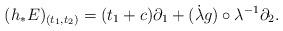
LaTeX: \begin{align*}(h_{*}E)_{(t_{1}, t_{2} )} = (t_{1}+c) \partial_{1} + (\dot{\lambda} g) \circ \lambda^{-1} \partial_{2}. \end{align*}